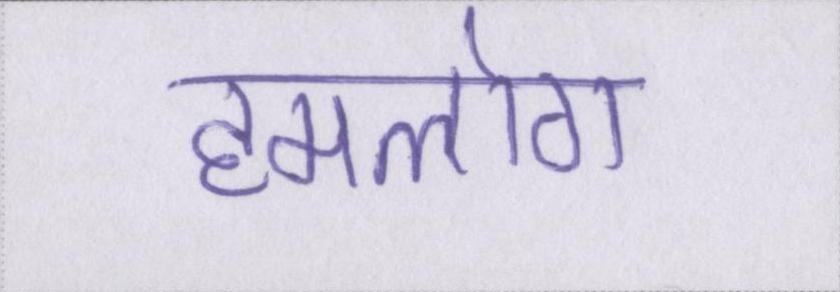
हमलोग